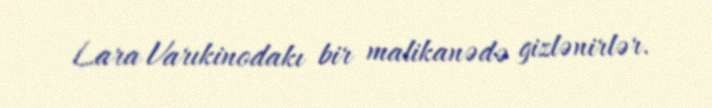
Lara Varıkinodakı bir malikanədə gizlənirlər.